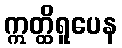
ဣတ္ထိရူပေန